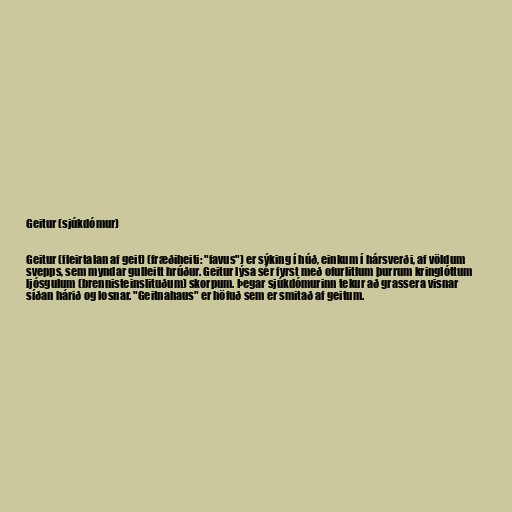
Geitur (sjúkdómur)

Geitur (fleirtalan af geit) (fræðiheiti: "favus") er sýking í húð, einkum í hársverði, af völdum
svepps, sem myndar gulleitt hrúður. Geitur lýsa sér fyrst með ofurlitlum þurrum kringlóttum
ljósgulum (brennisteinslituðum) skorpum. Þegar sjúkdómurinn tekur að grassera visnar
síðan hárið og losnar. "Geitnahaus" er höfuð sem er smitað af geitum.